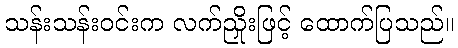
သန်းသန်းဝင်းက လက်ညှိုးဖြင့် ထောက်ပြသည်။